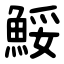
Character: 鮾